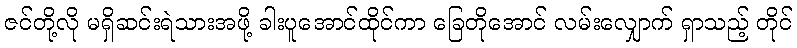
ဇင်တို့လို မရှိဆင်းရဲသားအဖို့ ခါးပူအောင်ထိုင်ကာ ခြေတိုအောင် လမ်းလျှောက် ရှာသည့် တိုင်